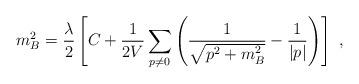
LaTeX: \begin{align*}m_B ^2= {\lambda\over 2} \left[ C + {1 \over {2V}} \sum_{p \neq 0}\left( \frac{1}{\sqrt{{p}^2 + m_B ^2}} - \frac{1}{|p|}\right) \right]~,\end{align*}